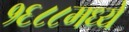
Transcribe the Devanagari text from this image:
१६८८मध्ये